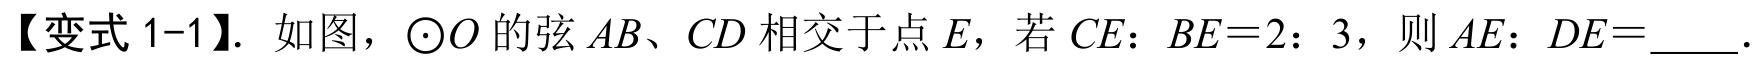
【变式1-1】. 如图，$\odot O$的弦$AB、CD$相交于点$E$，若$CE：BE = 2：3$，则$AE：DE=$____.